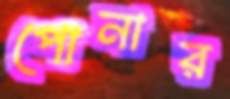
পোনার